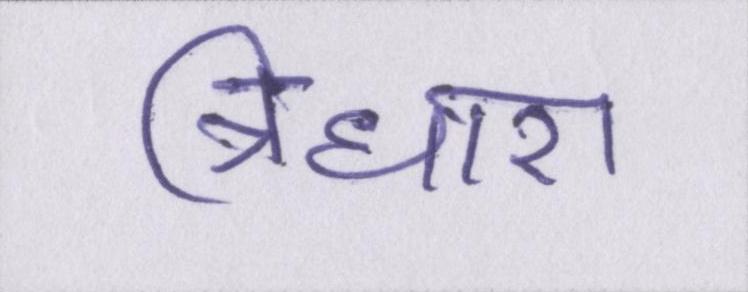
त्रिधारा